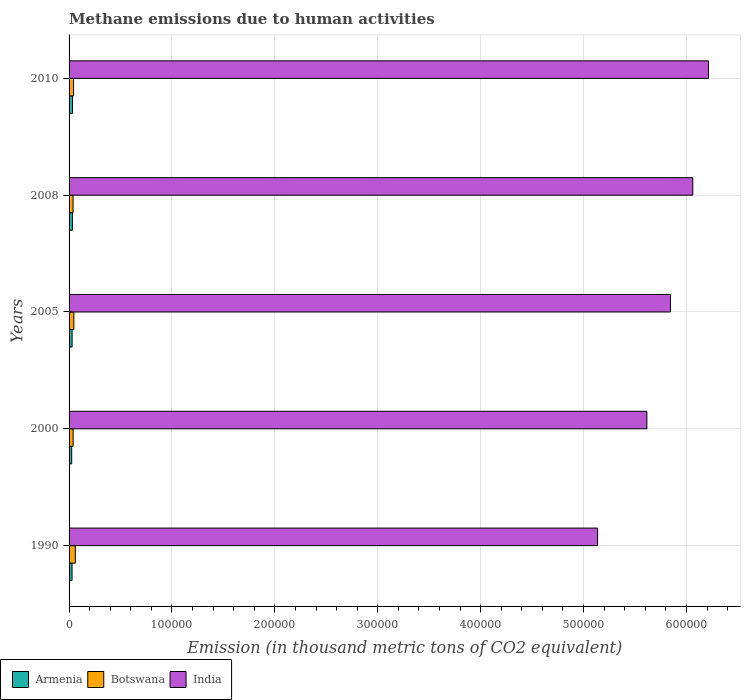
| Years | Armenia | Botswana | India |
 | --- | --- | --- | --- |
 | 1990 | 2.89e+03 | 6.07e+03 | 5.14e+05 |
 | 2000 | 2.57e+03 | 3.94e+03 | 5.62e+05 |
 | 2005 | 2.96e+03 | 4.66e+03 | 5.84e+05 |
 | 2008 | 3.23e+03 | 3.88e+03 | 6.06e+05 |
 | 2010 | 3.33e+03 | 4.36e+03 | 6.21e+05 |